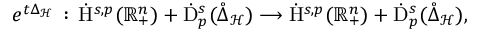
\begin{array} { r } { e ^ { t \Delta _ { \mathcal { H } } } \, : \, \dot { \mathrm { H } } ^ { s , p } ( \mathbb { R } _ { + } ^ { n } ) + \dot { \mathrm { D } } _ { p } ^ { s } ( \mathring { \Delta } _ { \mathcal { H } } ) \longrightarrow \dot { \mathrm { H } } ^ { s , p } ( \mathbb { R } _ { + } ^ { n } ) + \dot { \mathrm { D } } _ { p } ^ { s } ( \mathring { \Delta } _ { \mathcal { H } } ) , } \end{array}